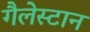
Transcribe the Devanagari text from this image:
गैलेस्टान